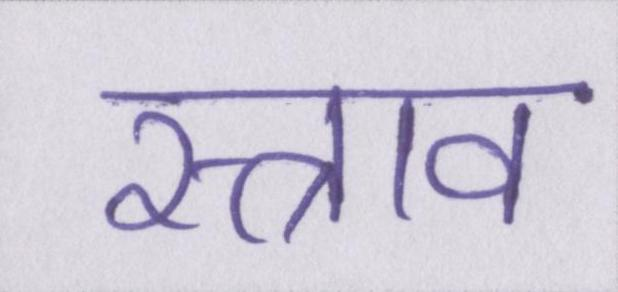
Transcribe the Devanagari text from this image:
स्त्राव